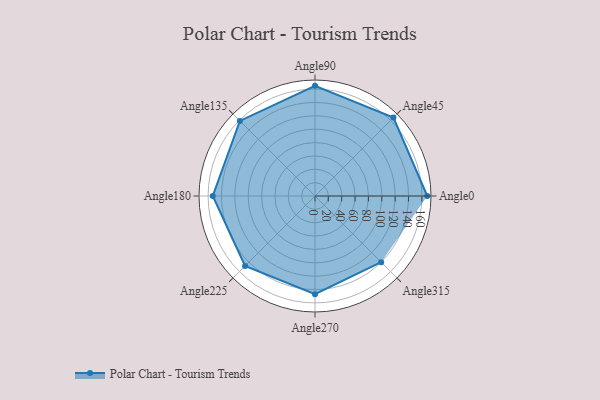
{"axis": {"x": "Angle", "y": "Radius"}, "legend": [""], "data": [{"x": "Angle0", "y": 168.0, "type": ""}, {"x": "Angle45", "y": 166.0, "type": ""}, {"x": "Angle90", "y": 165.0, "type": ""}, {"x": "Angle135", "y": 159.0, "type": ""}, {"x": "Angle180", "y": 153.0, "type": ""}, {"x": "Angle225", "y": 148.0, "type": ""}, {"x": "Angle270", "y": 147.0, "type": ""}, {"x": "Angle315", "y": 140.0, "type": ""}]}